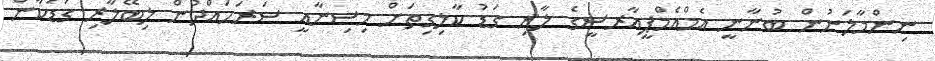
ނިންމާލަނުން ބުނާނީ އެމްއެމްޕީއާރސީގެ ލާރި ގަޑު ކާލިގިތަށް މިސިނާއީ ސަރަހައްދުން ލިބޭލާރި ގަޑުކާން